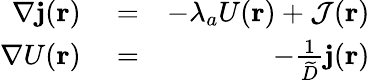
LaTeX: \begin{array}{rlr}{\nabla{\mathbf j}({\mathbf r})}&{{}=}&{-\lambda_{a}U({\mathbf r})+{\cal J}({\mathbf r})}\\ {\nabla U({\mathbf r})}&{{}=}&{-\frac{1}{\widetilde D}{\mathbf j}({\mathbf r})}\end{array}